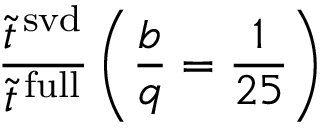
\frac { \tilde { t } ^ { \mathrm { \, s v d } } } { \tilde { t } ^ { \mathrm { \, f u l l } } } \left( \frac { b } { q } = \frac { 1 } { 2 5 } \right)